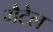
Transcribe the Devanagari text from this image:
गैटेल